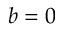
b = 0